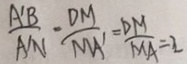
\frac { A ^ { \prime } B } { A ^ { \prime } N } \cdot \frac { D M } { M A ^ { \prime } } = \frac { D M } { M A } = 2